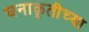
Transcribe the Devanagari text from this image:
घनाकृतीच्या